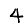
Digit: 4